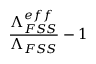
\frac { \Lambda _ { F S S } ^ { e f f } } { \Lambda _ { F S S } } - 1